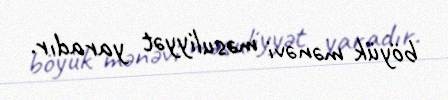
böyük mənəvi məsuliyyət yaradır.